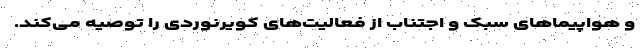
و هواپیماهای سبک و اجتناب از فعالیت‌های کویرنوردی را توصیه می‌کند.